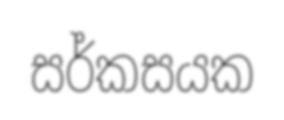
සර්කසයක